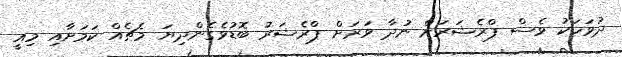
ދުވަހަކު ވެސް ޕްރެޝަރަށް ނުދާ ވަރަށް ޕްރެޝަރު ބޮޑުވެގެންދިޔަ މެޗެއް ކަމަށާއި މިއީ